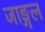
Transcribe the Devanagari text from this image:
जाङ्गल